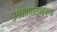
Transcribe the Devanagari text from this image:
उगमापासूनच्या